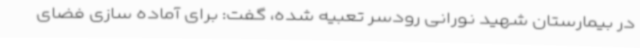
در بیمارستان شهید نورانی رودسر تعبیه شده، گفت: برای آماده سازی فضای